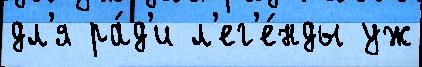
дл'я ра́д'и л'ег'е́нды уж